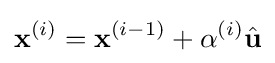
{\mathbf {x}}^{(i)}={\mathbf {x}}^{(i-1)}+\alpha ^{(i)}{\hat {\mathbf {u}}}